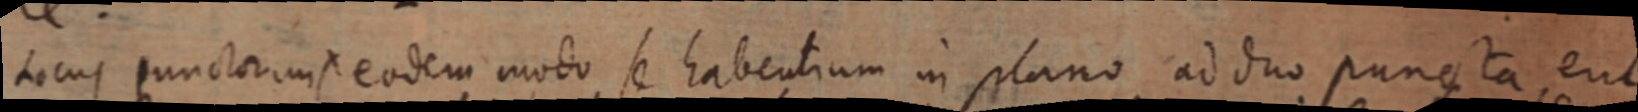
Locus punctorum X eodem modo se habentiam in plano ad duo puncta erit